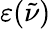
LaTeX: \varepsilon(\tilde{\nu})